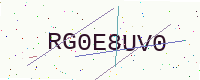
Text: RG0E8UV0